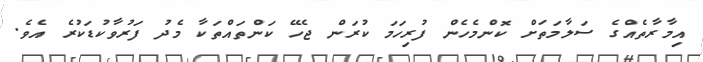
އިމާރާތެއްގެ ސަލާމަތަށް ކޮންމެހެން ފުރިހަމަ ކުރަން ޖެހޭ ކަންތައްތަކާ މެދު ފަރުވާކުޑަކުރެ އެވެ.